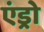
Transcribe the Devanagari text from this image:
एंड्रो